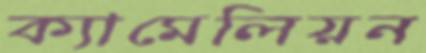
ক্যামেলিয়ন